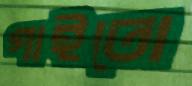
গাইতো